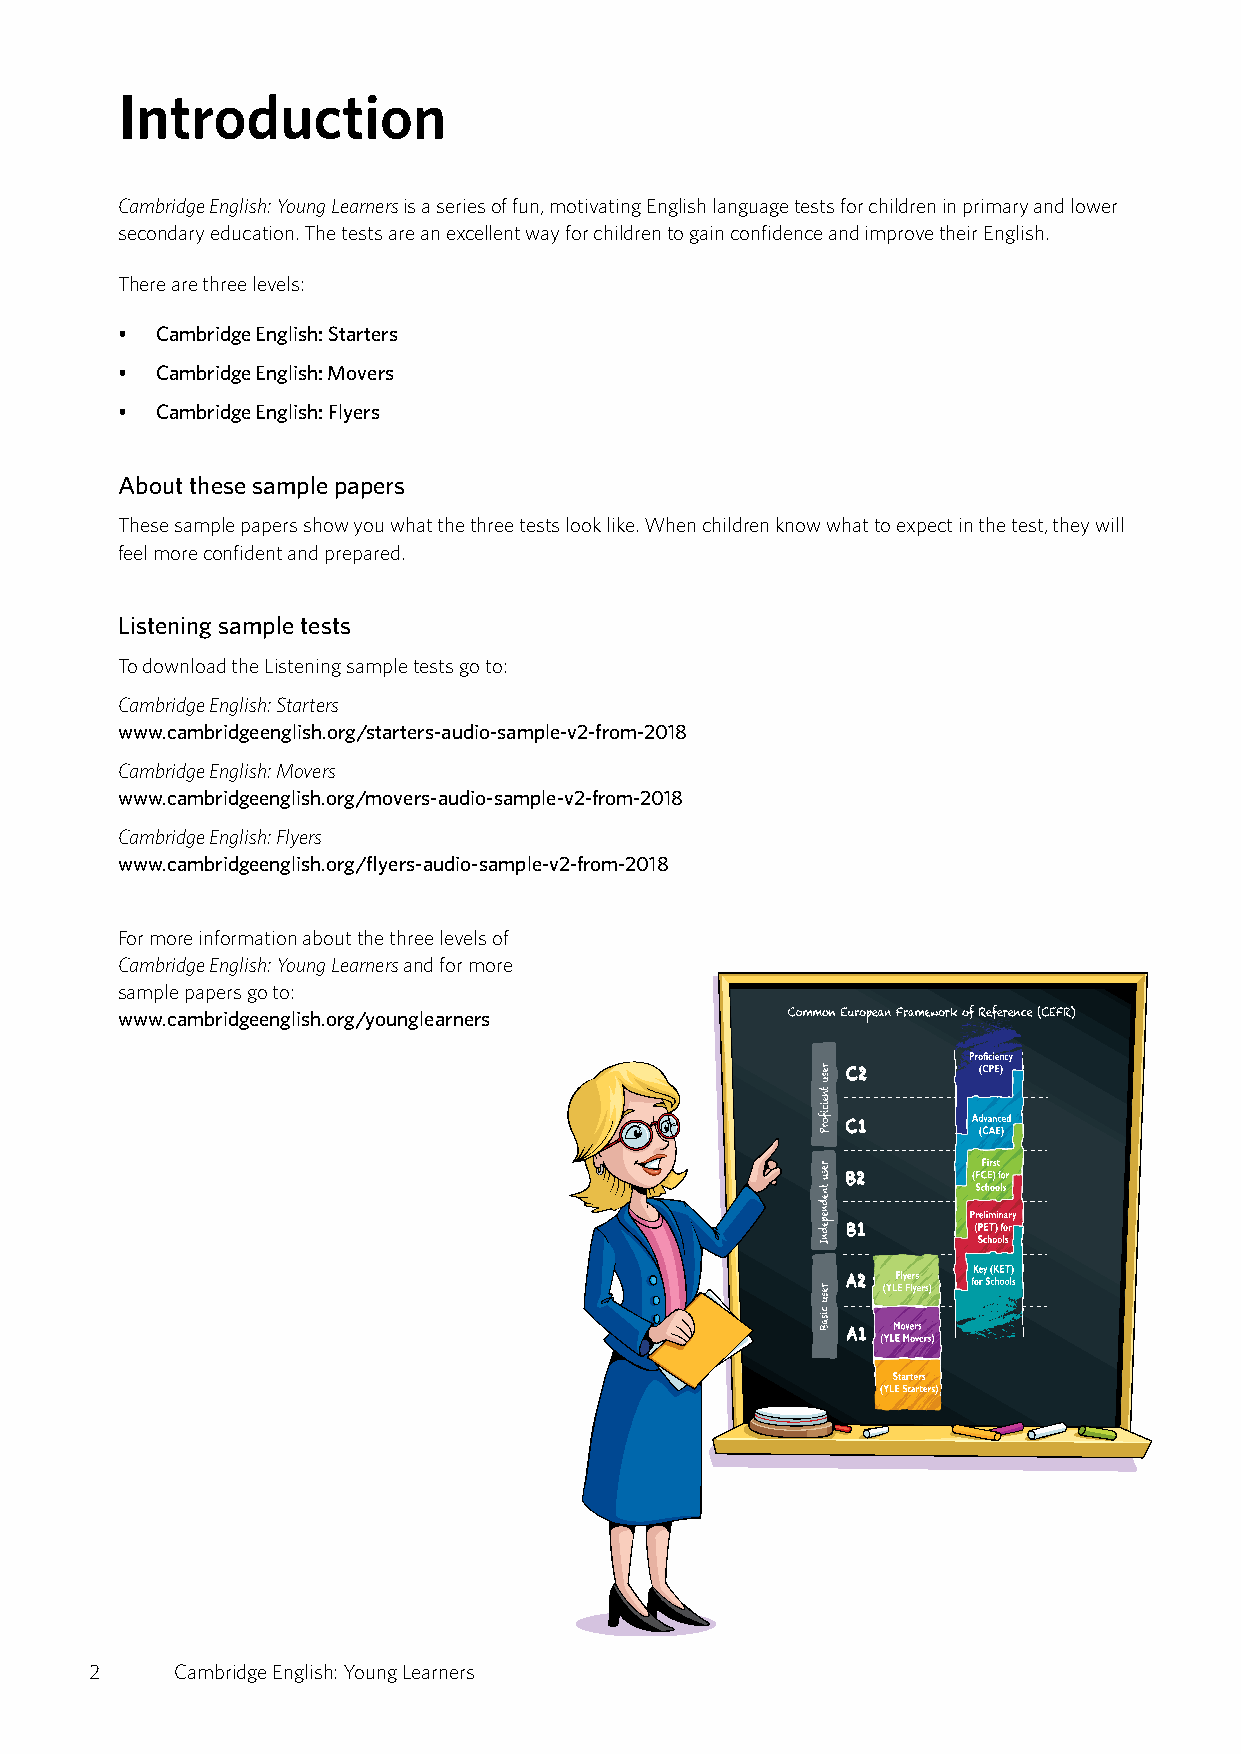
Introduction
 Cambridge English: Young Learners is a series of fun, motivating English language tests for children in primary and lower
 secondary education. The tests are an excellent way for children to gain confidence and improve their English.
 There are three levels:
 • Cambridge English: Starters
 • Cambridge English: Movers
 • Cambridge English: Flyers
 About these sample papers
 These sample papers show you what the three tests look like. When children know what to expect in the test, they will
 feel more confident and prepared.
 Listening sample tests
 To download the Listening sample tests go to:
 Cambridge English: Starters
 www.cambridgeenglish.org/starters-audio-sample-v2-from-2018
 Cambridge English: Movers
 www.cambridgeenglish.org/movers-audio-sample-v2-from-2018
 Cambridge English: Flyers
 www.cambridgeenglish.org/flyers-audio-sample-v2-from-2018
 For more information about the three levels of
 Cambridge English: Young Learners and for more
 sample papers go to:
 www.cambridgeenglish.org/younglearners
 2     Cambridge English: Young Learners